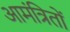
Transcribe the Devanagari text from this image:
आमंत्रितों